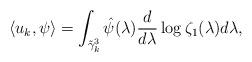
LaTeX: \begin{align*} \langle u_k, \psi\rangle =\int_{\tilde{\gamma}_k^3}\hat{\psi}(\lambda)\frac{d}{d\lambda}\log\zeta_1(\lambda)d\lambda,\end{align*}